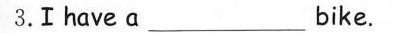
3.Ⅰhavea___bike.